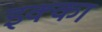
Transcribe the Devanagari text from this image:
इक्‍का